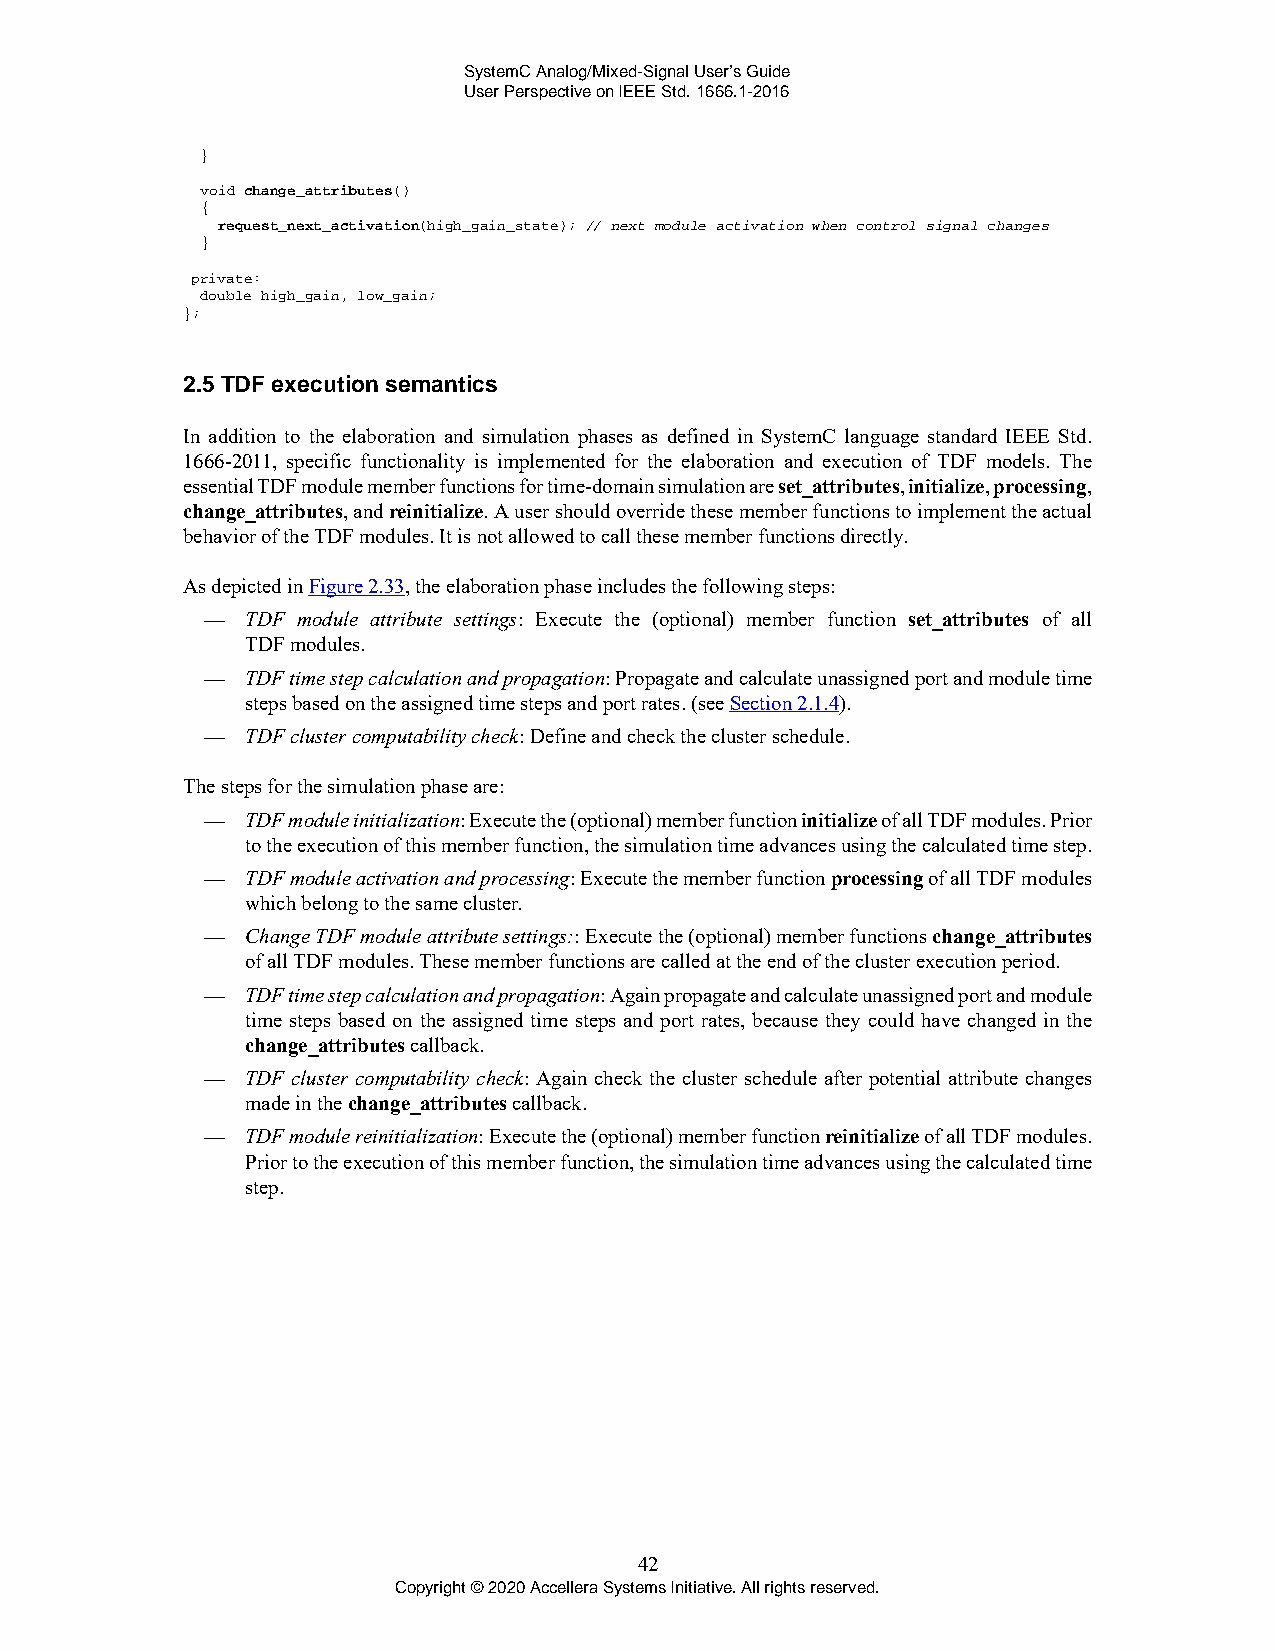
SystemC Analog/Mixed-Signal User’s Guide
 User Perspective on IEEE Std. 1666.1-2016
 }
 void change_attributes()
 {
 request_next_activation(high_gain_state); // next module activation when control signal changes
 }
 private:
 double high_gain, low_gain;
 };
 2.5 TDF execution semantics
 In addition to the elaboration and simulation phases as defined in SystemC language standard IEEE Std.
 1666-2011, specific functionality is implemented for the elaboration and execution of TDF models. The
 essential TDF module member functions for time-domain simulation are set_attributes, initialize, processing,
 change_attributes, and reinitialize. A user should override these member functions to implement the actual
 behavior of the TDF modules. It is not allowed to call these member functions directly.
 As depicted in Figure 2.33, the elaboration phase includes the following steps:
 —  TDF module attribute settings: Execute the (optional) member function set_attributes of all
 TDF modules.
 —  TDF time step calculation and propagation: Propagate and calculate unassigned port and module time
 steps based on the assigned time steps and port rates. (see Section 2.1.4).
 —  TDF cluster computability check: Define and check the cluster schedule.
 The steps for the simulation phase are:
 —  TDF module initialization: Execute the (optional) member function initialize of all TDF modules. Prior
 to the execution of this member function, the simulation time advances using the calculated time step.
 —  TDF module activation and processing: Execute the member function processing of all TDF modules
 which belong to the same cluster.
 —  Change TDF module attribute settings:: Execute the (optional) member functions change_attributes
 of all TDF modules. These member functions are called at the end of the cluster execution period.
 —  TDF time step calculation and propagation: Again propagate and calculate unassigned port and module
 time steps based on the assigned time steps and port rates, because they could have changed in the
 change_attributes callback.
 —  TDF cluster computability check: Again check the cluster schedule after potential attribute changes
 made in the change_attributes callback.
 —  TDF module reinitialization: Execute the (optional) member function reinitialize of all TDF modules.
 Prior to the execution of this member function, the simulation time advances using the calculated time
 step.
 42
 Copyright © 2020 Accellera Systems Initiative. All rights reserved.